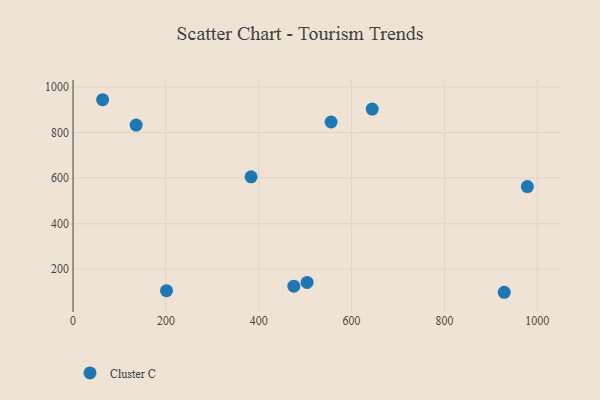
{"axis": {"x": "Price", "y": "Rating"}, "legend": ["Cluster C"], "data": [{"x": "928.8", "y": 98.5, "type": "Cluster C"}, {"x": "475.6", "y": 125.3, "type": "Cluster C"}, {"x": "504.1", "y": 141.9, "type": "Cluster C"}, {"x": "383.5", "y": 605.8, "type": "Cluster C"}, {"x": "201.3", "y": 105.6, "type": "Cluster C"}, {"x": "63.7", "y": 944.4, "type": "Cluster C"}, {"x": "555.8", "y": 846.5, "type": "Cluster C"}, {"x": "644.4", "y": 903.5, "type": "Cluster C"}, {"x": "978.6", "y": 562.8, "type": "Cluster C"}, {"x": "135.9", "y": 832.9, "type": "Cluster C"}]}